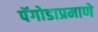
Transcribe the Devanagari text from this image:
पॅगोडाप्रमाणे